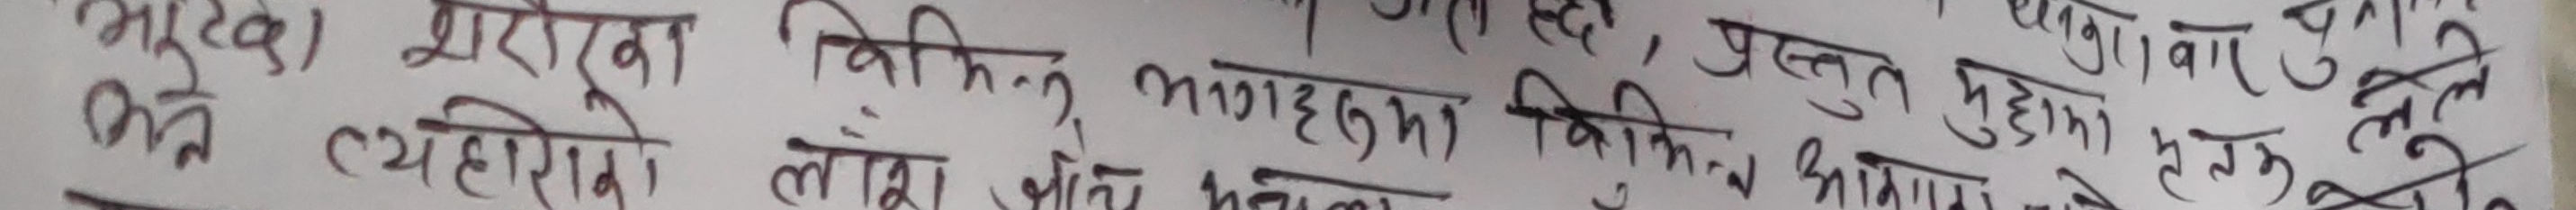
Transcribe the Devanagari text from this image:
भरुवा धाराका विधि हुन्, भागहरुमा बिक्रेताले प्रस्तुत मुद्धामा बारपुस्ता लेखेका